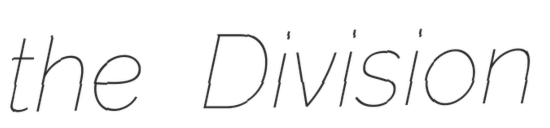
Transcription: the Division